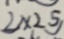
2 \times 2 5